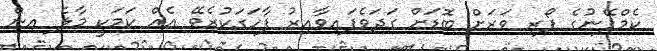
ކެމްޕޭނުގެ ފޯރި ވަރަށް ބޮޑަށް ގަދަވެފައިވާއިރު ފާހަގަކުރެވޭ އެއް ކަމަކީ މާލެ އިން